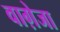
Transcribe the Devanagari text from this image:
वाग़ेजा